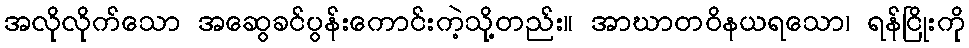
အလိုလိုက်သော အဆွေခင်ပွန်းကောင်းကဲ့သို့တည်း။ အာဃာတဝိနယရသော၊ ရန်ငြိုးကို